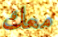
معك